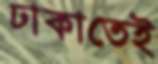
ঢাকাতেই